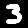
Digit: 3